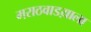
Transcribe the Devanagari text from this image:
मराठवाडय़ाला